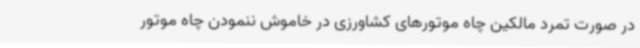
در صورت تمرد مالکین چاه موتورهای کشاورزی در خاموش ننمودن چاه موتور